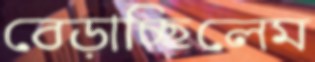
বেড়াচ্ছিলেম